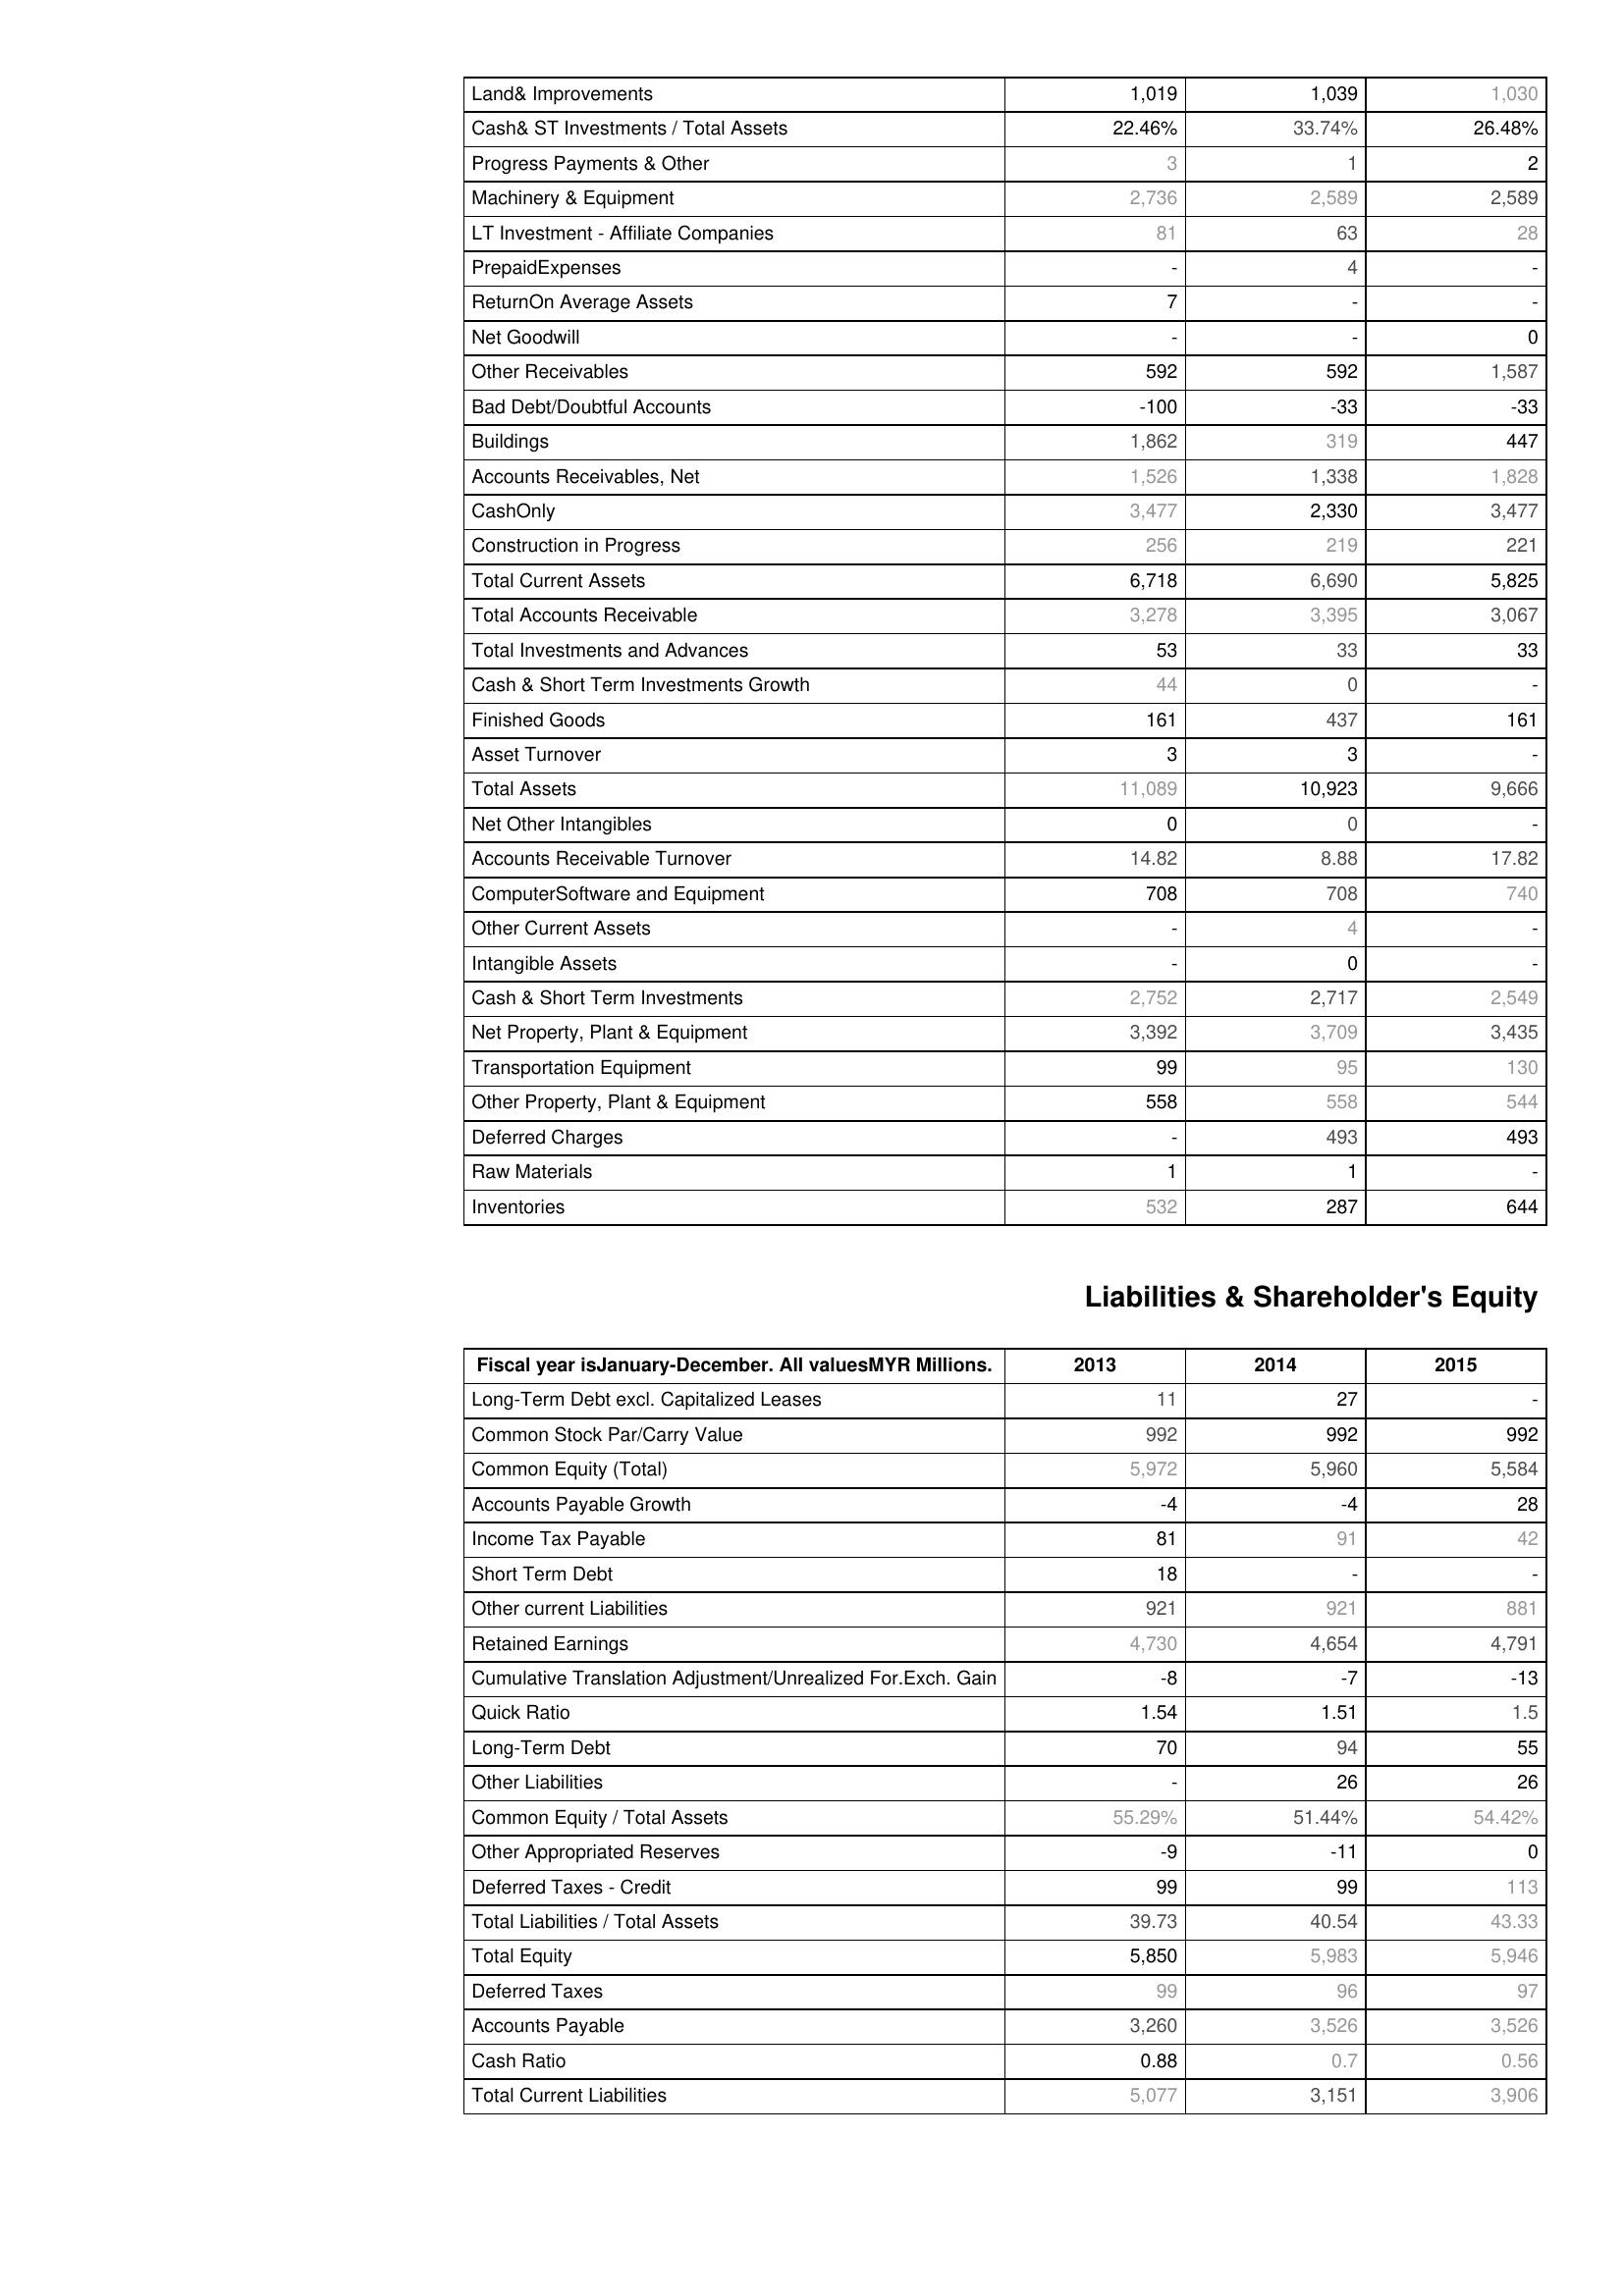
2013: Assets: Land& Improvements: 1,019
Cash& ST Investments / Total Assets: 22.46%
Progress Payments & Other: 3
Machinery & Equipment: 2,736
LT Investment - Affiliate Companies: 81
PrepaidExpenses: -
ReturnOn Average Assets: 7
Net Goodwill: -
Other Receivables: 592
Bad Debt/Doubtful Accounts: -100
Buildings: 1,862
Accounts Receivables, Net: 1,526
CashOnly: 3,477
Construction in Progress: 256
Total Current Assets: 6,718
Total Accounts Receivable: 3,278
Total Investments and Advances: 53
Cash & Short Term Investments Growth: 44
Finished Goods: 161
Asset Turnover: 3
Total Assets: 11,089
Net Other Intangibles: 0
Accounts Receivable Turnover: 14.82
ComputerSoftware and Equipment: 708
Other Current Assets: -
Intangible Assets: -
Cash & Short Term Investments: 2,752
Net Property, Plant & Equipment: 3,392
Transportation Equipment: 99
Other Property, Plant & Equipment: 558
Deferred Charges: -
Raw Materials: 1
Inventories: 532
Liabilities & Shareholder's Equity: Long-Term Debt excl. Capitalized Leases: 11
Common Stock Par/Carry Value: 992
Common Equity (Total): 5,972
Accounts Payable Growth: -4
Income Tax Payable: 81
Short Term Debt: 18
Other current Liabilities: 921
Retained Earnings: 4,730
Cumulative Translation Adjustment/Unrealized For.Exch. Gain: -8
Quick Ratio: 1.54
Long-Term Debt: 70
Other Liabilities: -
Common Equity / Total Assets: 55.29%
Other Appropriated Reserves: -9
Deferred Taxes - Credit: 99
Total Liabilities / Total Assets: 39.73
Total Equity: 5,850
Deferred Taxes: 99
Accounts Payable: 3,260
Cash Ratio: 0.88
Total Current Liabilities: 5,077
2014: Assets: Land& Improvements: 1,039
Cash& ST Investments / Total Assets: 33.74%
Progress Payments & Other: 1
Machinery & Equipment: 2,589
LT Investment - Affiliate Companies: 63
PrepaidExpenses: 4
ReturnOn Average Assets: -
Net Goodwill: -
Other Receivables: 592
Bad Debt/Doubtful Accounts: -33
Buildings: 319
Accounts Receivables, Net: 1,338
CashOnly: 2,330
Construction in Progress: 219
Total Current Assets: 6,690
Total Accounts Receivable: 3,395
Total Investments and Advances: 33
Cash & Short Term Investments Growth: 0
Finished Goods: 437
Asset Turnover: 3
Total Assets: 10,923
Net Other Intangibles: 0
Accounts Receivable Turnover: 8.88
ComputerSoftware and Equipment: 708
Other Current Assets: 4
Intangible Assets: 0
Cash & Short Term Investments: 2,717
Net Property, Plant & Equipment: 3,709
Transportation Equipment: 95
Other Property, Plant & Equipment: 558
Deferred Charges: 493
Raw Materials: 1
Inventories: 287
Liabilities & Shareholder's Equity: Long-Term Debt excl. Capitalized Leases: 27
Common Stock Par/Carry Value: 992
Common Equity (Total): 5,960
Accounts Payable Growth: -4
Income Tax Payable: 91
Short Term Debt: -
Other current Liabilities: 921
Retained Earnings: 4,654
Cumulative Translation Adjustment/Unrealized For.Exch. Gain: -7
Quick Ratio: 1.51
Long-Term Debt: 94
Other Liabilities: 26
Common Equity / Total Assets: 51.44%
Other Appropriated Reserves: -11
Deferred Taxes - Credit: 99
Total Liabilities / Total Assets: 40.54
Total Equity: 5,983
Deferred Taxes: 96
Accounts Payable: 3,526
Cash Ratio: 0.7
Total Current Liabilities: 3,151
2015: Assets: Land& Improvements: 1,030
Cash& ST Investments / Total Assets: 26.48%
Progress Payments & Other: 2
Machinery & Equipment: 2,589
LT Investment - Affiliate Companies: 28
PrepaidExpenses: -
ReturnOn Average Assets: -
Net Goodwill: 0
Other Receivables: 1,587
Bad Debt/Doubtful Accounts: -33
Buildings: 447
Accounts Receivables, Net: 1,828
CashOnly: 3,477
Construction in Progress: 221
Total Current Assets: 5,825
Total Accounts Receivable: 3,067
Total Investments and Advances: 33
Cash & Short Term Investments Growth: -
Finished Goods: 161
Asset Turnover: -
Total Assets: 9,666
Net Other Intangibles: -
Accounts Receivable Turnover: 17.82
ComputerSoftware and Equipment: 740
Other Current Assets: -
Intangible Assets: -
Cash & Short Term Investments: 2,549
Net Property, Plant & Equipment: 3,435
Transportation Equipment: 130
Other Property, Plant & Equipment: 544
Deferred Charges: 493
Raw Materials: -
Inventories: 644
Liabilities & Shareholder's Equity: Long-Term Debt excl. Capitalized Leases: -
Common Stock Par/Carry Value: 992
Common Equity (Total): 5,584
Accounts Payable Growth: 28
Income Tax Payable: 42
Short Term Debt: -
Other current Liabilities: 881
Retained Earnings: 4,791
Cumulative Translation Adjustment/Unrealized For.Exch. Gain: -13
Quick Ratio: 1.5
Long-Term Debt: 55
Other Liabilities: 26
Common Equity / Total Assets: 54.42%
Other Appropriated Reserves: 0
Deferred Taxes - Credit: 113
Total Liabilities / Total Assets: 43.33
Total Equity: 5,946
Deferred Taxes: 97
Accounts Payable: 3,526
Cash Ratio: 0.56
Total Current Liabilities: 3,906